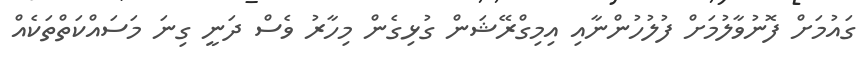
ގައުމަށް ފޮނުވާލުމަށް ފުލުހުންނާއި އިމިގްރޭޝަން ގުޅިގެން މިހާރު ވެސް ދަނީ ގިނަ މަސައްކަތްތަކެއް